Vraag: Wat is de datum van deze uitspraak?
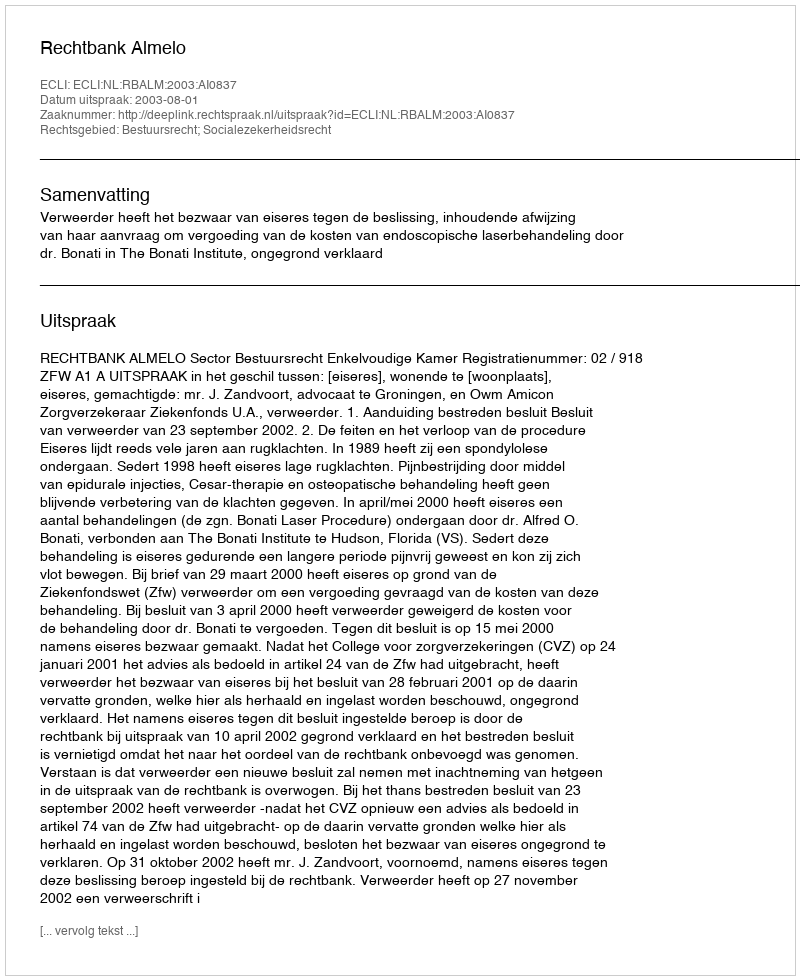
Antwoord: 2003-08-01